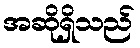
အဆိုရှိသည်